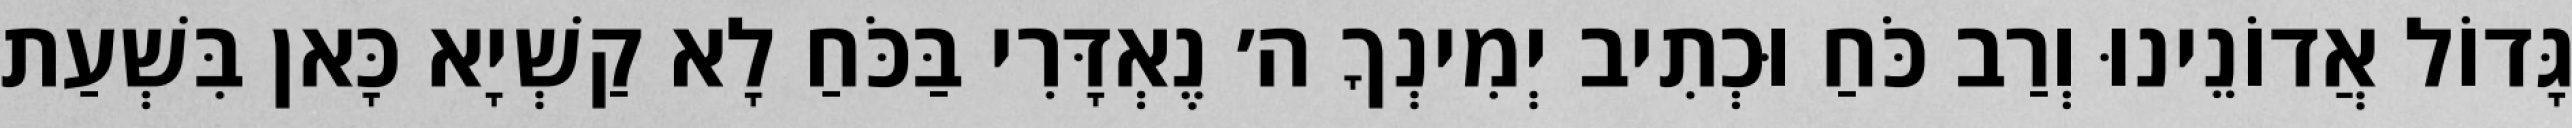
גָּדוֹל אֲדוֹנֵינוּ וְרַב כֹּחַ וּכְתִיב יְמִינְךָ ה׳ נֶאְדָּרִי בַּכֹּחַ לָא קַשְׁיָא כָּאן בִּשְׁעַת